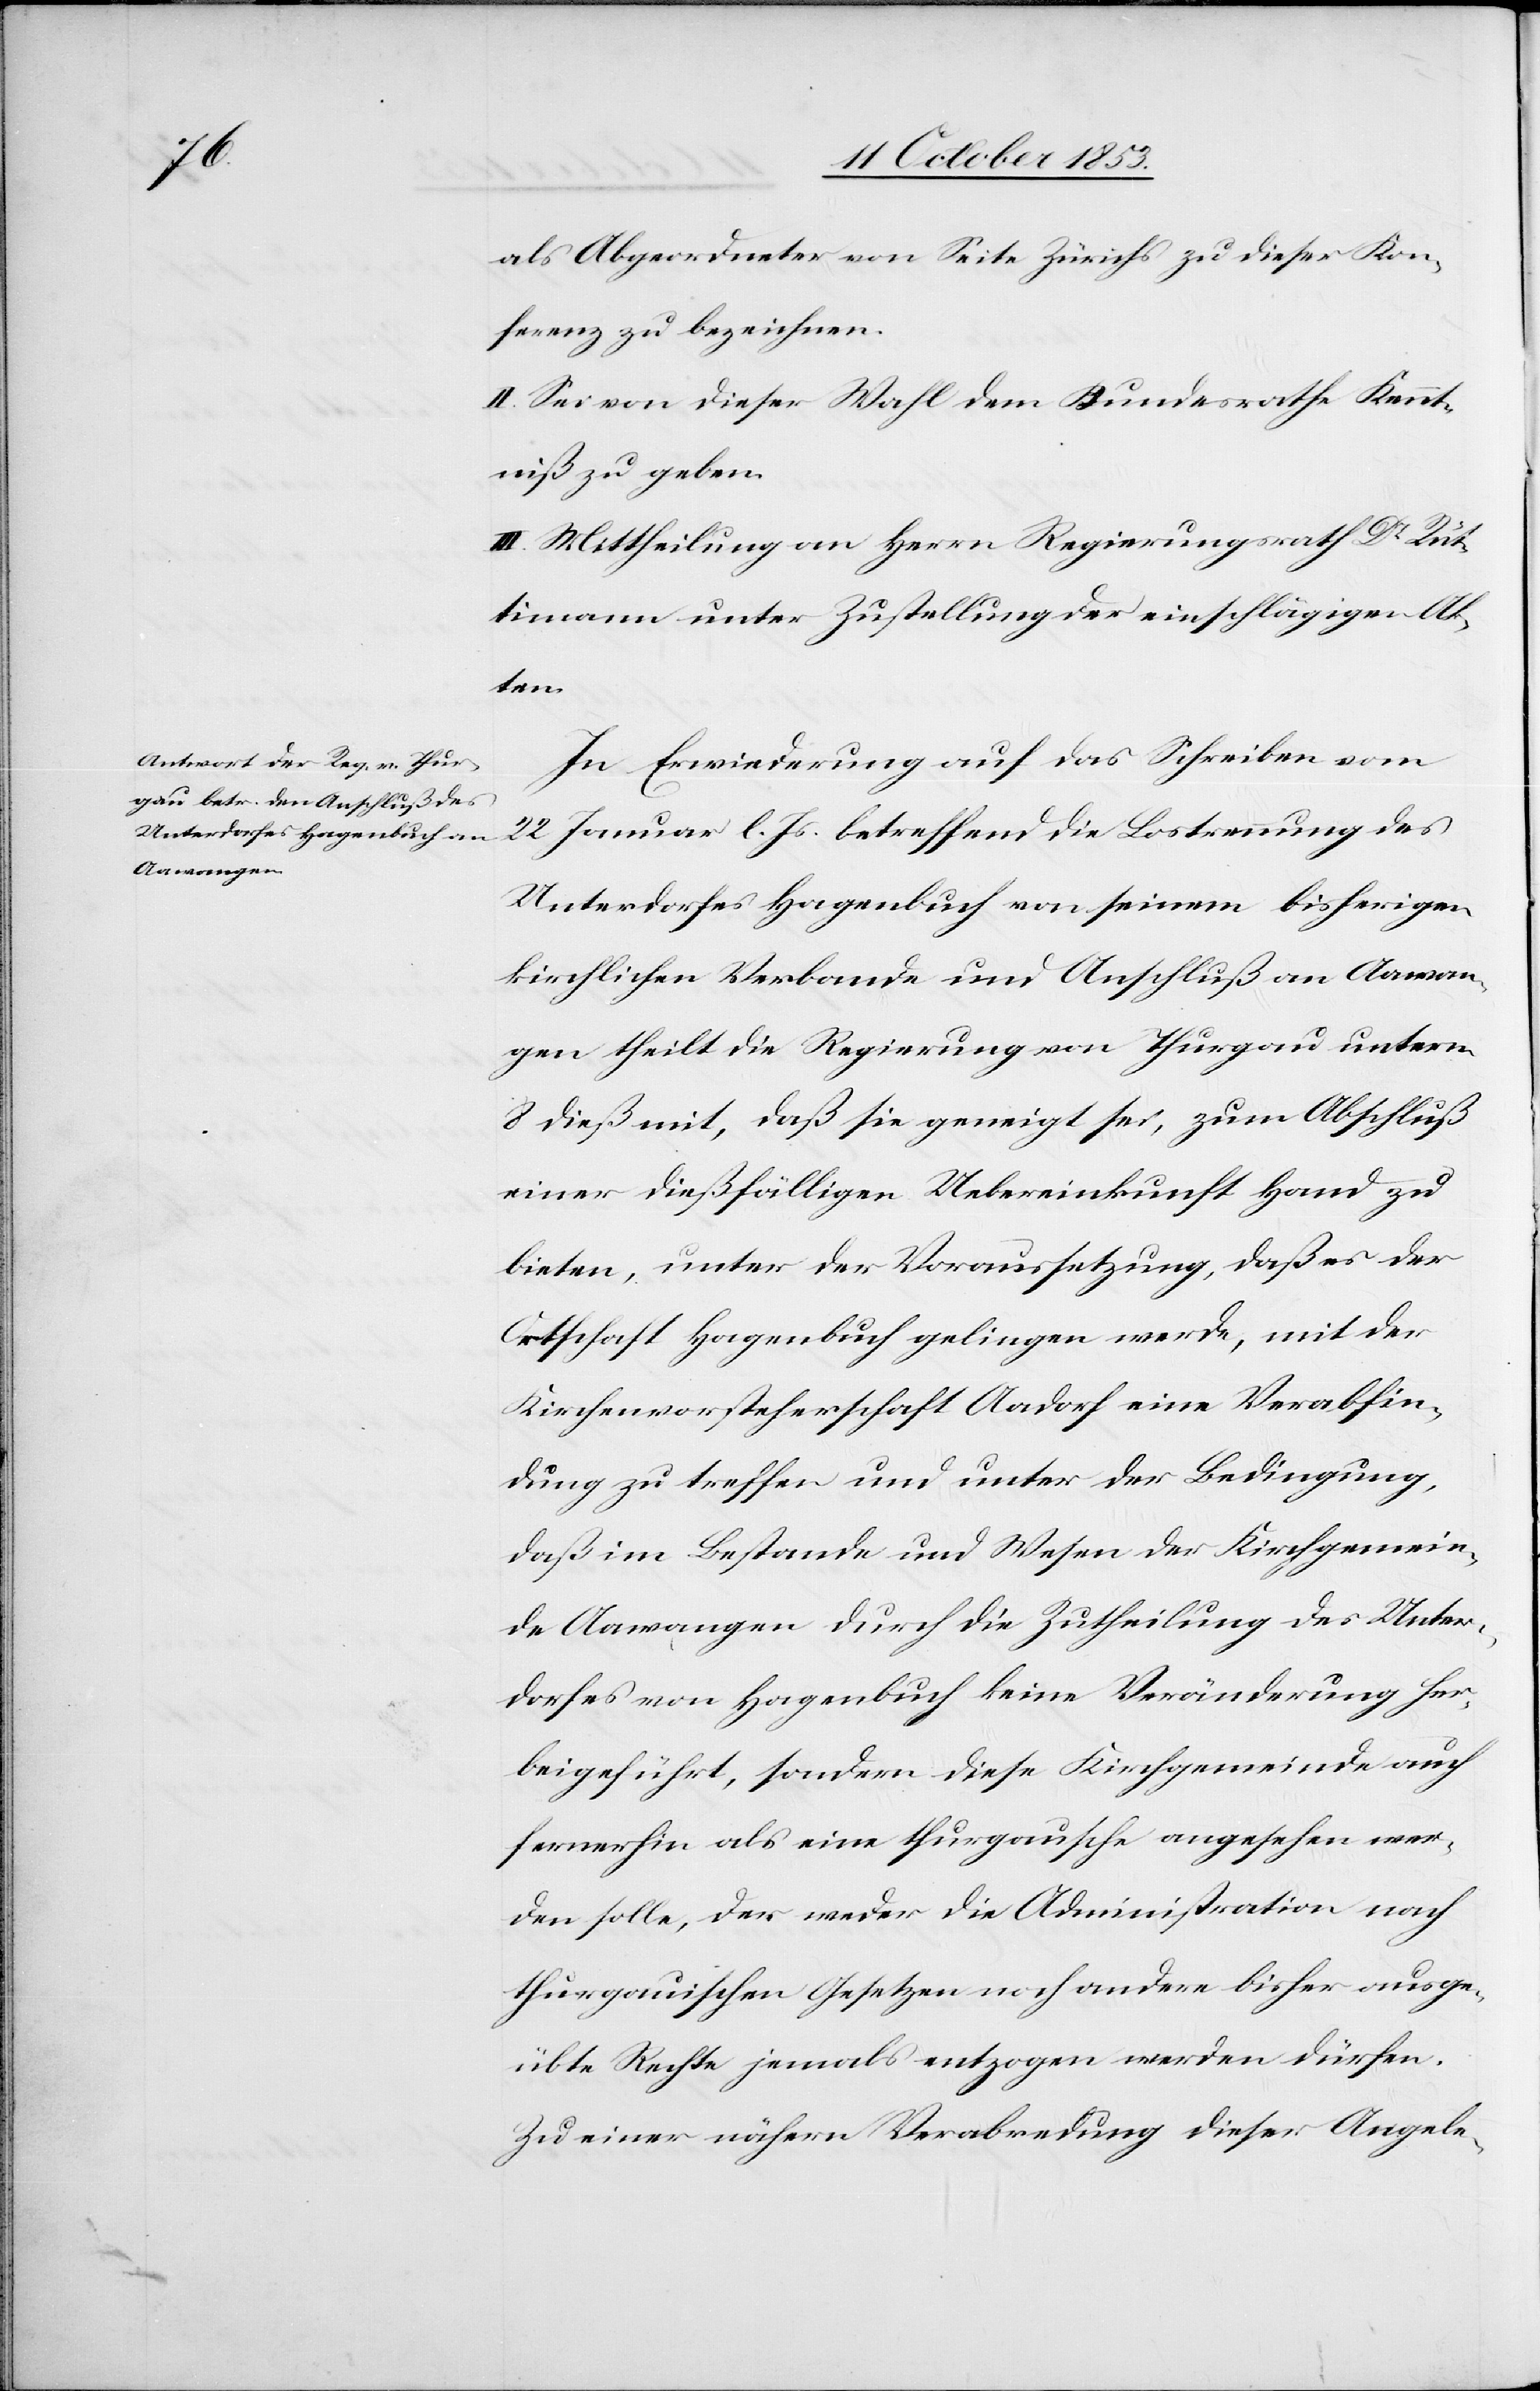
als Abgeordneter von Seite Zürichs zu dieser Kon¬
ferenz zu bezeichnen.
II. Sei von dieser Wahl dem Bundesrathe Kennt¬
niß zu geben.
III. Mittheilung an Herrn Regierungsrath Dr Rüt¬
timann unter Zustellung der einschlägigen Al¬
Hand
In Erwiederung auf das Schreiben vom
22 Januar l. Js. betreffend die Lostrennung des
Unterdorfes Hagenbuch von seinem bisherigen
kirchlichen Verbande und Anschluß an Aawan¬
gen theilt die Regierung von Thurgau unterm
8 dieß mit, daß sie geneigt sei, zum Abschluß
bieten, unter der Voraussetzung, daß es der
Ortschaft Hagenbuch gelingen werde, mit der
Kirchenvorsteherschaft Aadorf eine Verabfin¬
dung zu treffen und unter der Bedingung,
daß im Bestande und Wesen der Kirchgemein¬
de Aawangen durch die Zutheilung des Unter¬
dorfes von Hagenbuch keine Veränderung her¬
beigeführt, sondern diese Kirchgemeinde auch
fernerhin als eine thurgauische angesehen wer¬
den solle, der weder die Administration nach
thurgauischen Gesetzen noch andere bisher ausge¬
übte Rechte jemals entzogen werden dürfen.
Zu einer nähern Verabredung dieser Angele-